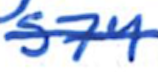
Text: 574
Cross-out: single-line
Writing tool: ballpoint